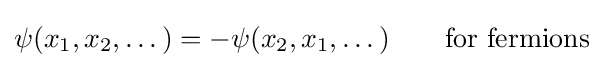
\psi (x_{1},x_{2},\dots )=-\psi (x_{2},x_{1},\dots )\qquad {\text{for fermions}}